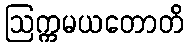
ဩက္ကမယတောတိ